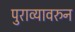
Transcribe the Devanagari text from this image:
पुराव्यावरुन